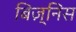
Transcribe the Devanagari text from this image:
बिज़्निस